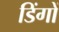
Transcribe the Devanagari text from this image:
डिंगों